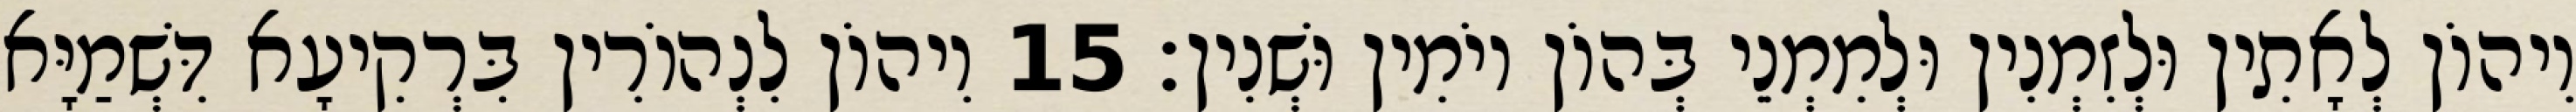
וִיהוֹן לְאָתִין וּלְזִמְנִין וּלְמִמְנֵי בְּהוֹן יוֹמִין וּשְׁנִין׃ 15 וִיהוֹן לִנְהוֹרִין בִּרְקִיעָא דִּשְׁמַיָּא